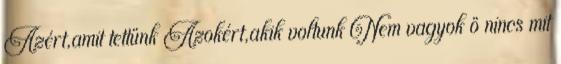
Azért,amit tettünk Azokért,akik voltunk Nem vagyok ö nincs mit